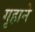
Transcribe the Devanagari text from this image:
गृहाने